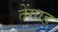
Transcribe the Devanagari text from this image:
तेंगाह